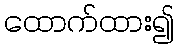
ထောက်ထား၍